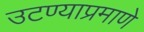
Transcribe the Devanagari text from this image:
उटण्याप्रमाणे